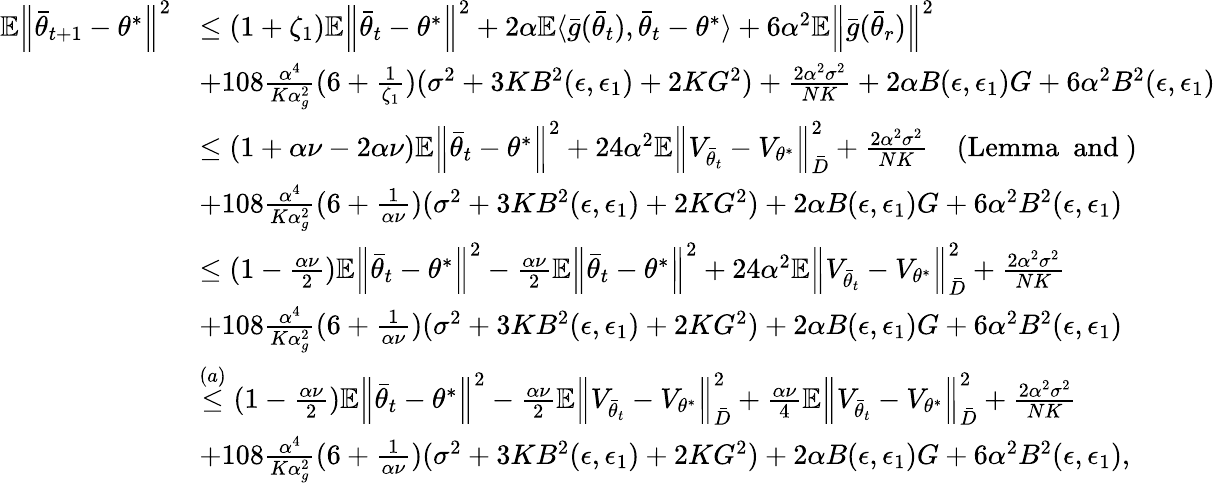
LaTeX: \begin{array}{rl}{\mathbb{E}\Big\lVert\bar{\theta}_{t+1}-\theta^{*}\Big\rVert^{2}}&{\le(1+\zeta_{1})\mathbb{E}\Big\lVert\bar{\theta}_{t}-\theta^{*}\Big\rVert^{2}+2\alpha\mathbb{E}\langle\bar{g}(\bar{\theta}_{t}),\bar{\theta}_{t}-\theta^{*}\rangle+6\alpha^{2}\mathbb{E}\Big\lVert\bar{g}(\bar{\theta}_{r})\Big\rVert^{2}}\\ &{+108\frac{\alpha^{4}}{K\alpha_{g}^{2}}(6+\frac{1}{\zeta_{1}})(\sigma^{2}+3KB^{2}(\epsilon,\epsilon_{1})+2KG^{2})+\frac{2\alpha^{2}\sigma^{2}}{NK}+2\alpha B(\epsilon,\epsilon_{1})G+6\alpha^{2}B^{2}(\epsilon,\epsilon_{1})}\\ &{\le(1+\alpha\nu-2\alpha\nu)\mathbb{E}\Big\lVert\bar{\theta}_{t}-\theta^{*}\Big\rVert^{2}+24\alpha^{2}\mathbb{E}\Big\lVert V_{\bar{\theta}_{t}}-V_{\theta^{*}}\Big\rVert_{\bar{D}}^{2}+\frac{2\alpha^{2}\sigma^{2}}{NK}\quad(\mathrm{Lemma~~and~})}\\ &{+108\frac{\alpha^{4}}{K\alpha_{g}^{2}}(6+\frac{1}{\alpha\nu})(\sigma^{2}+3KB^{2}(\epsilon,\epsilon_{1})+2KG^{2})+2\alpha B(\epsilon,\epsilon_{1})G+6\alpha^{2}B^{2}(\epsilon,\epsilon_{1})}\\ &{\le(1-\frac{\alpha\nu}{2})\mathbb{E}\Big\lVert\bar{\theta}_{t}-\theta^{*}\Big\rVert^{2}-\frac{\alpha\nu}{2}\mathbb{E}\Big\lVert\bar{\theta}_{t}-\theta^{*}\Big\rVert^{2}+24\alpha^{2}\mathbb{E}\Big\lVert V_{\bar{\theta}_{t}}-V_{\theta^{*}}\Big\rVert_{\bar{D}}^{2}+\frac{2\alpha^{2}\sigma^{2}}{NK}}\\ &{+108\frac{\alpha^{4}}{K\alpha_{g}^{2}}(6+\frac{1}{\alpha\nu})(\sigma^{2}+3KB^{2}(\epsilon,\epsilon_{1})+2KG^{2})+2\alpha B(\epsilon,\epsilon_{1})G+6\alpha^{2}B^{2}(\epsilon,\epsilon_{1})}\\ &{\stackrel{(a)}{\le}(1-\frac{\alpha\nu}{2})\mathbb{E}\Big\lVert\bar{\theta}_{t}-\theta^{*}\Big\rVert^{2}-\frac{\alpha\nu}{2}\mathbb{E}\Big\lVert V_{\bar{\theta}_{t}}-V_{\theta^{*}}\Big\rVert_{\bar{D}}^{2}+\frac{\alpha\nu}{4}\mathbb{E}\Big\lVert V_{\bar{\theta}_{t}}-V_{\theta^{*}}\Big\rVert_{\bar{D}}^{2}+\frac{2\alpha^{2}\sigma^{2}}{NK}}\\ &{+108\frac{\alpha^{4}}{K\alpha_{g}^{2}}(6+\frac{1}{\alpha\nu})(\sigma^{2}+3KB^{2}(\epsilon,\epsilon_{1})+2KG^{2})+2\alpha B(\epsilon,\epsilon_{1})G+6\alpha^{2}B^{2}(\epsilon,\epsilon_{1}),}\end{array}